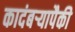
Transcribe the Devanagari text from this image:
कादंबऱ्यापैकी